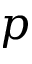
p